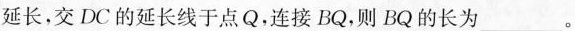
延长，交DC的延长线于点Q，连接BQ，则BQ的长为___。